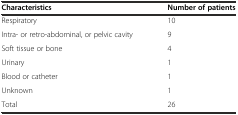
<table><thead><tr><td><b>Characteristics</b></td><td><b>Number of patients</b></td></tr></thead><tbody><tr><td>Respiratory</td><td>10</td></tr><tr><td>Intra- or retro-abdominal, or pelvic cavity</td><td>9</td></tr><tr><td>Soft tissue or bone</td><td>4</td></tr><tr><td>Urinary</td><td>1</td></tr><tr><td>Blood or catheter</td><td>1</td></tr><tr><td>Unknown</td><td>1</td></tr><tr><td>Total</td><td>26</td></tr></tbody></table>